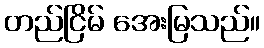
တည်ငြိမ် အေးမြသည်။